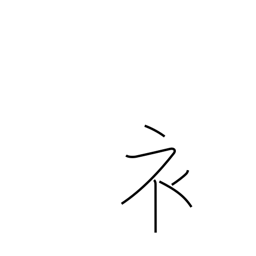
Meaning: clothing radical (no. 145